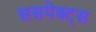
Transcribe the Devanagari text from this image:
ससपेक्ट्स